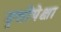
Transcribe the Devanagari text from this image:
वृत्तीपेक्षा